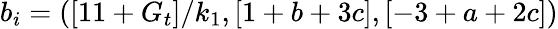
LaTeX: b_{i}=\left(\left[11+G_{t}\right]/k_{1},\left[1+b+3c\right],\left[-3+a+2c\right]\right)